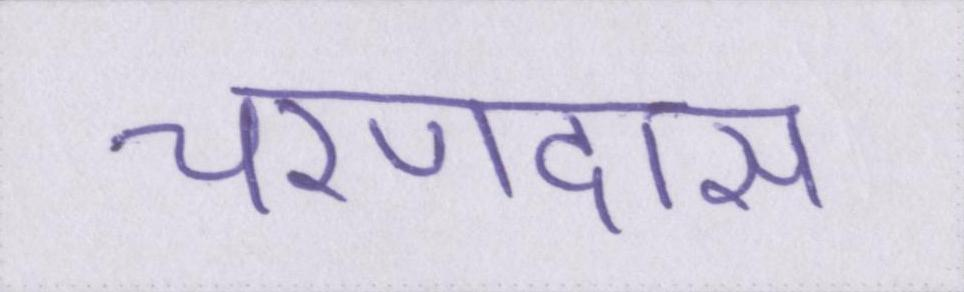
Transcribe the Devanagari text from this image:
चरणदास